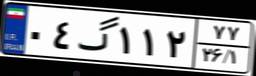
۰۴گ۱۱۲۷۷